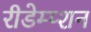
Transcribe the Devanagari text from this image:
रीडेम्प्शन